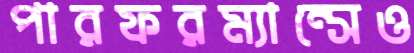
পারফরম্যান্সেও